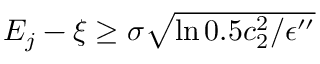
\begin{array} { r } { E _ { j } - \xi \ge \sigma \sqrt { \ln { 0 . 5 c _ { 2 } ^ { 2 } / \epsilon ^ { \prime \prime } } } } \end{array}